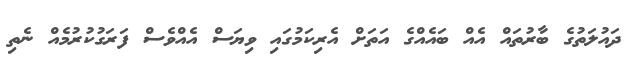
ދައުލަތުގެ ބާރުތައް އެއް ބައެއްގެ އަތަށް އެރިކަމުގައި ވިޔަސް އެއްވެސް ފަރަގުކުރުމެއް ނެތި